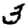
Digit: 3